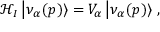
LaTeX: \mathcal { H } _ { I } \left| \nu _ { \alpha } ( p ) \right\rangle = V _ { \alpha } \left| \nu _ { \alpha } ( p ) \right\rangle \, ,